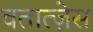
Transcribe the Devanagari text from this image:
वतात्ज़ेस